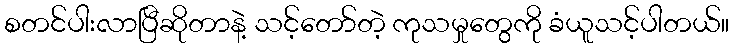
စတင်ပါးလာပြီဆိုတာနဲ့ သင့်တော်တဲ့ ကုသမှုတွေကို ခံယူသင့်ပါတယ်။